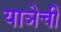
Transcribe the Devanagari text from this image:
याञेची